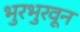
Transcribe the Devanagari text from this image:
भुरभुरवून